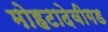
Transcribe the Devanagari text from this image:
मोहटादेवीगड